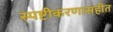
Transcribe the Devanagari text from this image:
स्पष्टीकरणासहीत